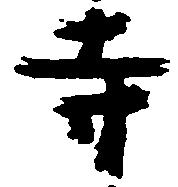
寺